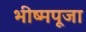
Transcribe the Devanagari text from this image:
भीष्मपूजा